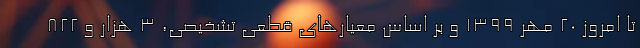
تا امروز ۲۰ مهر ۱۳۹۹ و بر اساس معیارهای قطعی تشخیصی، ۳ هزار و ۸۲۲